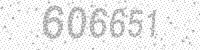
Solution: 606651